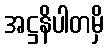
အဋ္ဌနိပါတမှိ